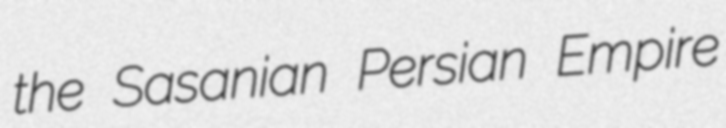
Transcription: the Sasanian Persian Empire